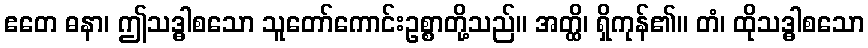
ဧတေ ဓနာ၊ ဤသဒ္ဓါစသော သူတော်ကောင်းဥစ္စာတို့သည်။ အတ္ထိ၊ ရှိကုန်၏။ တံ၊ ထိုသဒ္ဓါစသော